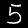
Digit: 5